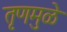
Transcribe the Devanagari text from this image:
तृणमुळे